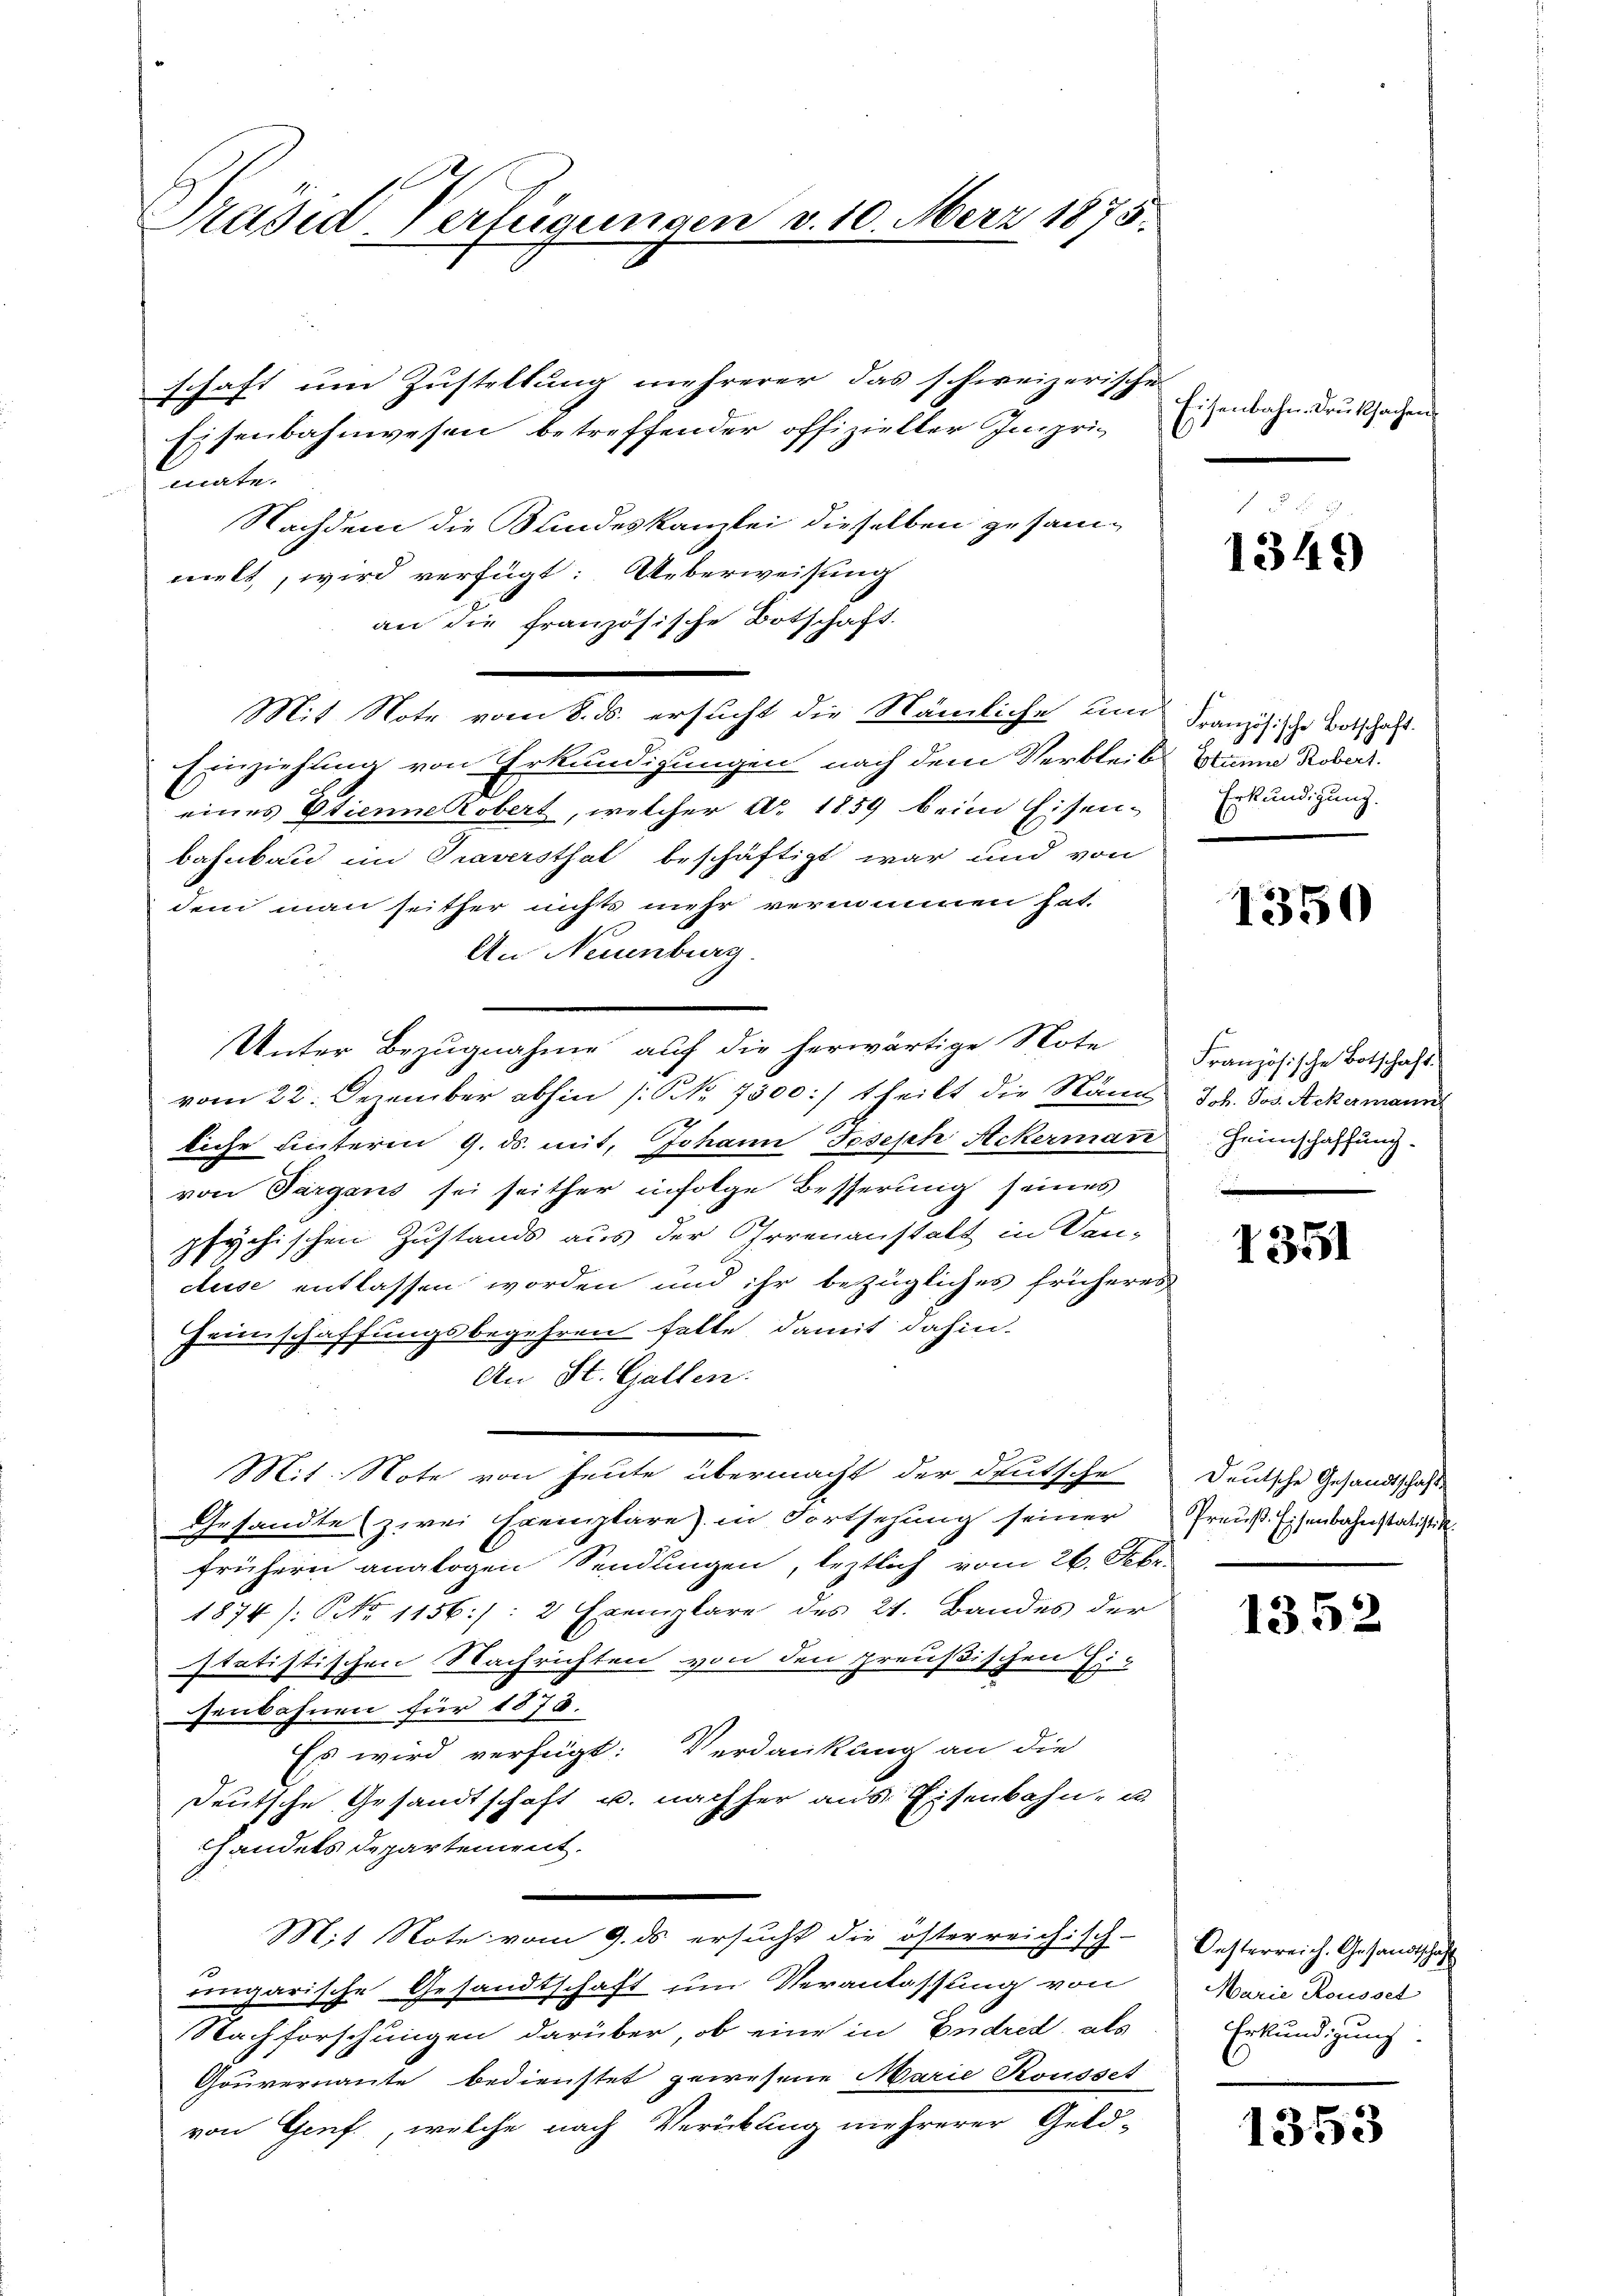
Präsid Verfügungen v. 10. Merz 1875.

schaft um Zustellung mehrerer das schweizerischen
Eisenbahnwesen betreffender offizieller Imprimate.
Nachdem die Kundeskanzlei dieselben zusammelt, wird verfügt: Ueberweisung
an die französische Botschaft.
Mit Note vom 8. ds. ersucht die Nämliche um Französische Botschaft.
Einziehung von Erkundigungen nach dem Verbleib Stana Rober.
eines Etienne Kobert, welcher Ao. 1859 beim Eisen-Erkundigung
bahnbau im Traversthat beschäftigt war und von
dem man seither nichts mehr vernommen hat.
An Neuenburg
u
Unter Bezugnahme auf die herwärtige Note
vom 22. Dezember abhin /: NNo. 7500:/ theilt die Nam Joh. Jos. Ackermann
liche unterm 9. ds. mit, Johann Joseph Ackerman Heimschaffung
von Targans sei seither infolge Besserung seines
psychischen Zustands aus der Ohrrenanstalt in Dan-
duse entlassen worden und ihr bezügliches früheres
Heimschaffungsbegehren falle, damit dahin-
An St. Gallen.
Mit. Note von heute übermacht der deutsche
Gesandte zwei Exemplare in Fortsehung seiner
frühern analogen Sendungen, leztlich vom 26. Febr.
1874 /: No 1156./: 2 Exemplare des 21. Bandes der
statistischen Nachrichten von den preußischen Ei-
senbahnen für 1878.
Es wird verfügt: Verdankung an die
deutsche Gesandtschaft u. nachher aus Eisenbahn- u.
handels Departement.
Mit Note vom 9. ds ersucht die österreichisch-
engarische Gesandtschaft um Veranlassung von
Nachforschungen darüber, ob eine in Endred, als
Gouvernante bedienstet gewesene Marie Rousset
von Genf, welche nach Verübung mehrerer Geld-

Eisenbahn-Druksachen

1349)

1350

Französische Botschaft.

1351

Deutsche Gesandtschaft
Preuß. Eisenbahnstatistik.

1352

Oesterreich. Gesandtschaft
Marie Rousset
Erkundigung.

1353